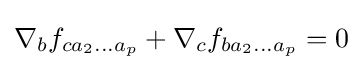
\nabla _{b}f_{ca_{2}...a_{p}}+\nabla _{c}f_{ba_{2}...a_{p}}=0